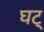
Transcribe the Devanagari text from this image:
घट्